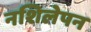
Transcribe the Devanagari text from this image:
नशिलेपन